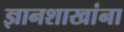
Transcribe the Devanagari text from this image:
ज्ञानशाखांना